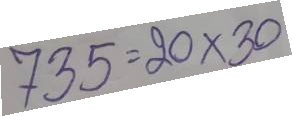
735 = 20 x 30